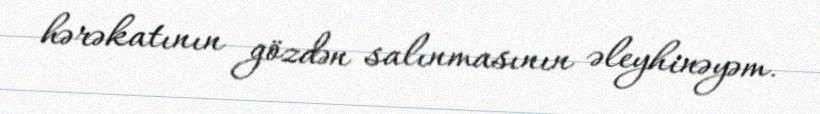
hərəkatının gözdən salınmasının əleyhinəyəm.